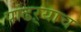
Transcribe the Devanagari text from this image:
पांढऱ्याच